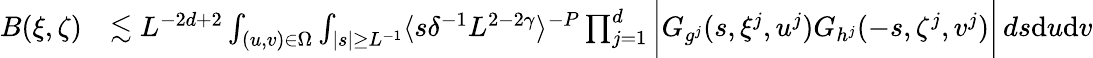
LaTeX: \begin{array}{rl}{B(\xi,\zeta)}&{\lesssim L^{-2d+2}\int_{(u,v)\in\Omega}\int_{|s|\geq L^{-1}}\langle s\delta^{-1}L^{2-2\gamma}\rangle^{-P}\prod_{j=1}^{d}\bigg|G_{g^{j}}(s,\xi^{j},u^{j})G_{h^{j}}(-s,\zeta^{j},v^{j})\bigg|\, ds\mathrm{d}u\mathrm{d}v}\end{array}